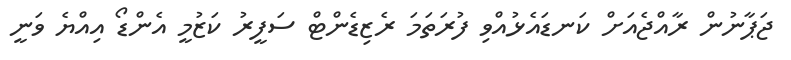
ޖަޕާނުން ރާއްޖެއަށް ކަނޑައެޅުއްވި ފުރަތަމަ ރެޒިޑެންޓް ސަފީރު ކަޒުމީ އެންޑޯ އިއްޔެ ވަނީ